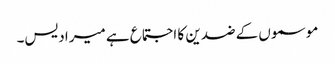
موسموں کے ضدین کا اجتماع ہے میرا دیس۔